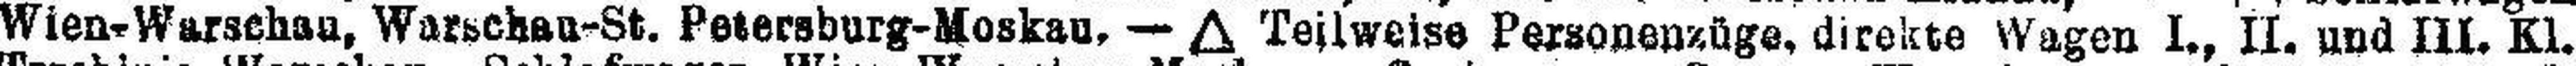
Wien-Warschau, Warschau-St. Petersburg-Moskau, — ∆ Teilweise Personenzüge, direkte Wagen I., II. und III. Kl.